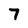
Character: 7